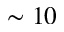
\sim 1 0